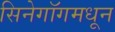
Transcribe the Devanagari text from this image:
सिनेगॉगमधून